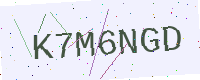
Text: K7M6NGD